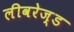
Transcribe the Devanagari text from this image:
लीवरेज़्ड